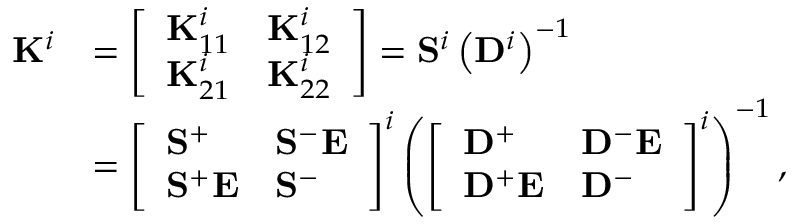
\begin{array} { r l r } { \mathbf { K } ^ { i } } & { = \left[ \begin{array} { l l } { \mathbf { K } _ { 1 1 } ^ { i } } & { \mathbf { K } _ { 1 2 } ^ { i } } \\ { \mathbf { K } _ { 2 1 } ^ { i } } & { \mathbf { K } _ { 2 2 } ^ { i } } \end{array} \right] = \mathbf { S } ^ { i } \left( \mathbf { D } ^ { i } \right) ^ { - 1 } } & \\ & { = \left[ \begin{array} { l l } { \mathbf { S } ^ { + } } & { \mathbf { S } ^ { - } \mathbf { E } } \\ { \mathbf { S } ^ { + } \mathbf { E } } & { \mathbf { S } ^ { - } } \end{array} \right] ^ { i } \left( \left[ \begin{array} { l l } { \mathbf { D } ^ { + } } & { \mathbf { D } ^ { - } \mathbf { E } } \\ { \mathbf { D } ^ { + } \mathbf { E } } & { \mathbf { D } ^ { - } } \end{array} \right] ^ { i } \right) ^ { - 1 } , } \end{array}